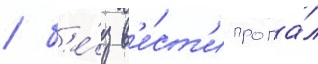
/ б'е́з в'е́ст'и пропа́л